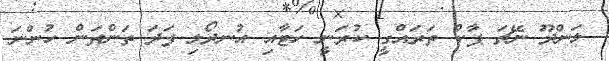
ލަންދޫ ނޭޗަ ޕާކް ތަރައްގީ ކުރަނީ ހަޓާއި އުނދޯލި ފަދަ ތަންތަން ހުންނަ